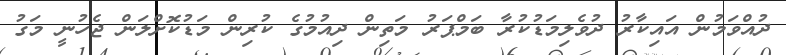
ދުއްވަމުން އައިކާރު ދުވެލިމަޑުކުރާ ބަމްޕަރު މަތިން ދިއުމުގެ ކުރިން މަޑުކޮށްލަން ޖެހުނީ މަގު